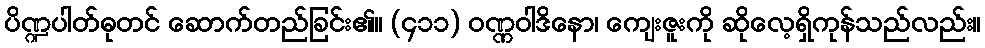
ပိဏ္ဍပါတ်ဓုတင် ဆောက်တည်ခြင်း၏။ (၄၁၁) ဝဏ္ဏဝါဒိနော၊ ကျေးဇူးကို ဆိုလေ့ရှိကုန်သည်လည်း။